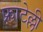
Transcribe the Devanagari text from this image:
फ्राटेल्ली